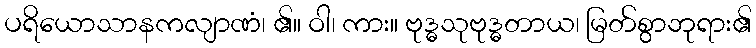
ပရိယောသာနကလျာဏံ၊ ၏။ ဝါ၊ ကား။ ဗုဒ္ဓသုဗုဒ္ဓတာယ၊ မြတ်စွာဘုရား၏